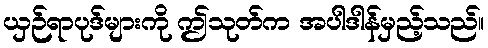
ယှဉ်ရာပုဒ်များကို ဤသုတ်က အပါဒါန်မှည့်သည်။